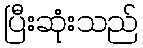
ပြီးဆုံးသည်